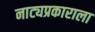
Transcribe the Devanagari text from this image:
नाट्यप्रकाराला